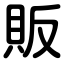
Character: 販